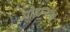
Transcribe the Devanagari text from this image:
योहानला